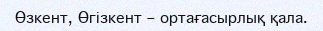
Өзкент, Өгізкент – ортағасырлық қала.